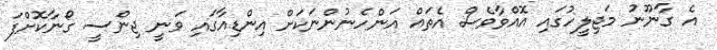
އެ ގާނޫނު މަޖިލީހުގައި އޮއްވާވެސް އެތައް އަންހެނުންނަކަށް އިންޑިއާގައި ވަނީ ޖިންސީ ގޯނާކޮށްފަ